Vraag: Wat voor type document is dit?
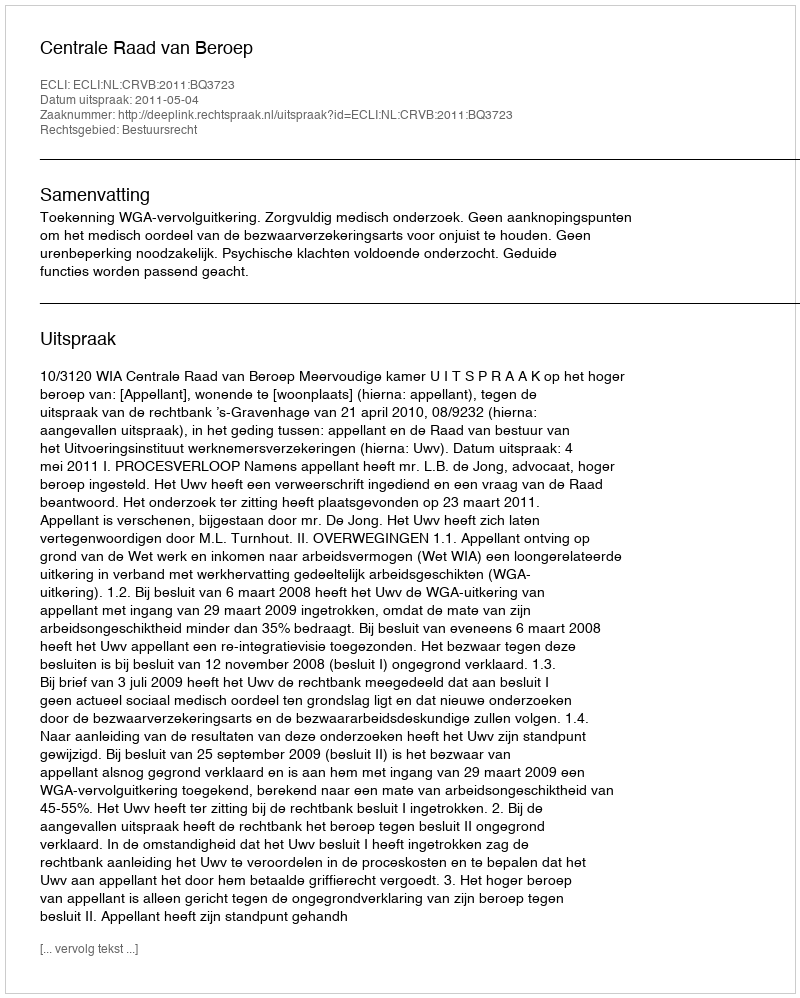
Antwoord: Uitspraak